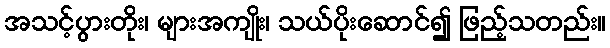
အသင့်ပွားတိုး၊ များအကျိုး၊ သယ်ပိုးဆောင်၍ ဖြည့်သတည်း။